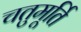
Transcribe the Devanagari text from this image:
चतुमूर्ति